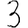
Digit: 3